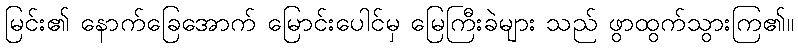
မြင်း၏ နောက်ခြေအောက် မြောင်းပေါင်မှ မြေကြီးခဲများ သည် ဖွာထွက်သွားကြ၏။